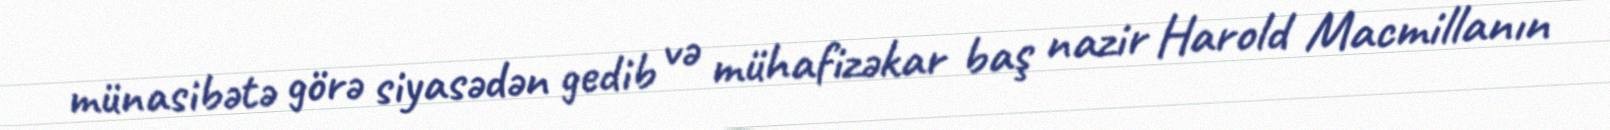
münasibətə görə siyasədən gedib və mühafizəkar baş nazir Harold Macmillanın